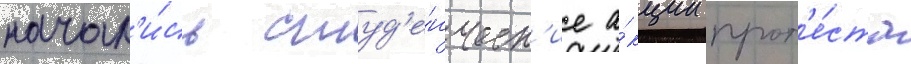
начал'и́сь студ'е́нческ'ие а́кции прот'е́ста